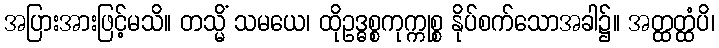
အပြားအားဖြင့်မသိ။ တသ္မိံ သမယေ၊ ထိုဥဒ္ဓစ္စကုက္ကုစ္စ နိုပ်စက်သောအခါ၌။ အတ္ထတ္ထံပိ၊